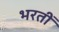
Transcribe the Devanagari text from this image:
भरतीं